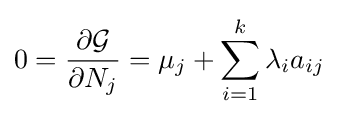
0={\frac {\partial {\mathcal {G}}}{\partial N_{j}}}=\mu _{j}+\sum _{i=1}^{k}\lambda _{i}a_{ij}